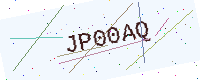
Text: JP00AQ